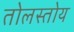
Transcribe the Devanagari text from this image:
तोलस्तोय